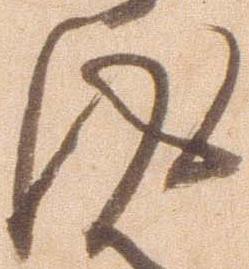
得